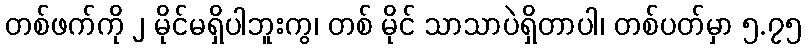
တစ်ဖက်ကို ၂ မိုင်မရှိပါဘူးကွ၊ တစ် မိုင် သာသာပဲရှိတာပါ၊ တစ်ပတ်မှာ ၅.၇၅